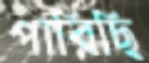
পারিছি